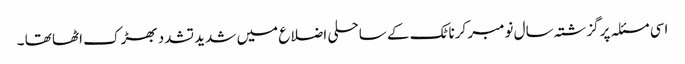
اسی مسئلہ پر گزشتہ سال نومبر کرناٹک کے ساحلی اضلاع میں شدید تشدد بھڑک اٹھا تھا ۔